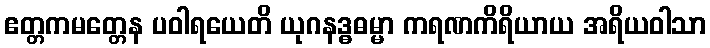
ဧတ္တကမတ္တေန ပဝါရယေတိ ယုဂနဒ္ဓဓမ္မာ ကရဏကိရိယာယ အရိယဝါသာ